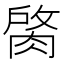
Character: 𦜑